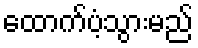
ထောက်ပံ့သွားမည်